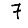
Digit: 7